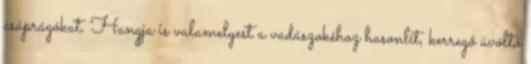
csáprágókat. Hangja is valamelyest a vadászokéhoz hasonlít, kerregő üvöltő